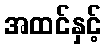
အထင်နှင့်